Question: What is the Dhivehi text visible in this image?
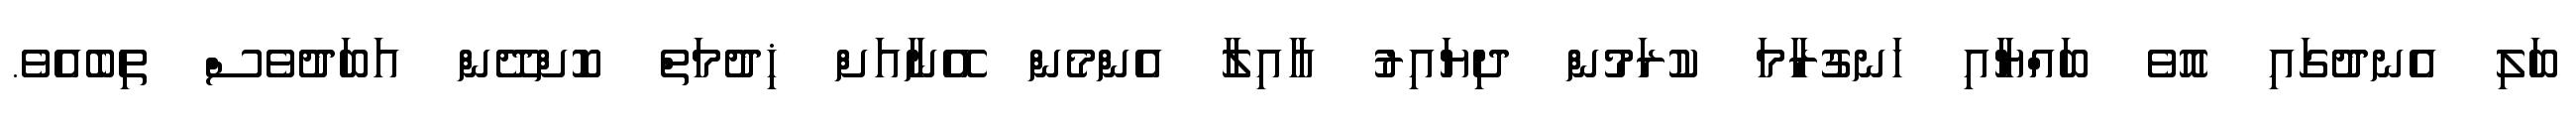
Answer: ބަލި އެނދުގައި އޮވެ ބައްޔާއި ހަނގުރާމަ ކުރަމުން ދިޔައިރު އާއިލާ އެންމެން އޭނާއަށް ޚިދުމަތް ކޮށްދޭން އަބަދުވެސް ތިބެއެވެ.